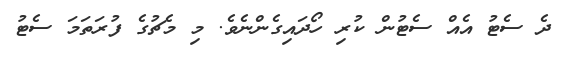
ދެ ސެޓު އެއް ސެޓުން ކުރި ހޯދައިގެންނެވެ. މި މެޗުގެ ފުރަތަމަ ސެޓު